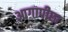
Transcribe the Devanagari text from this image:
आगापीछा